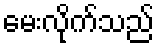
မေးလိုက်သည်